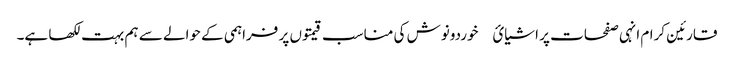
قارئین کرام انہی صفحات پر اشیائ￿ خوردونوش کی مناسب قیمتوں پر فراہمی کے حوالے سے ہم بہت لکھا ہے۔